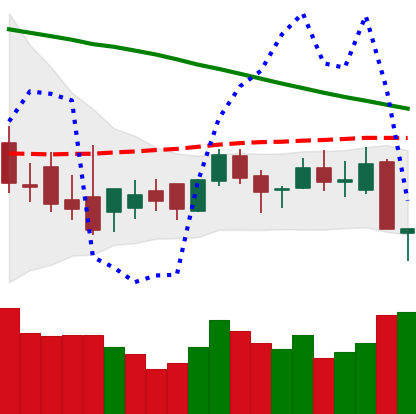
Ticker: XLM-USD
Chart end date: 2018-09-06
Forward return: -3.091%
Label: down_3_5